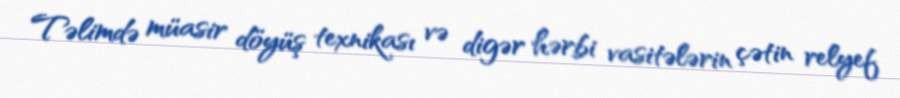
Təlimdə müasir döyüş texnikası və digər hərbi vasitələrin çətin relyef